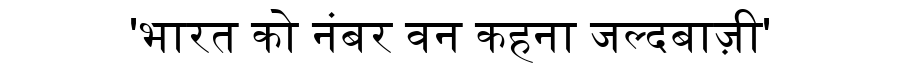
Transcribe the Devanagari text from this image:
'भारत को नंबर वन कहना जल्दबाज़ी'